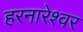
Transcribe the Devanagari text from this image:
हरनारेश्वर